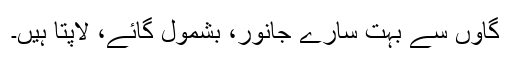
گاوں سے بہت سارے جانور، بشمول گائے، لاپتا ہیں۔